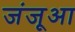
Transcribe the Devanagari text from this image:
जंजूआ